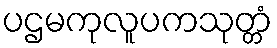
ပဌမကုလူပကသုတ္တံ